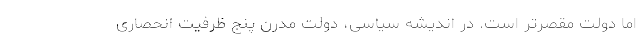
اما دولت مقصرتر است. در اندیشه سیاسی، دولت مدرن پنج ظرفیت انحصاری